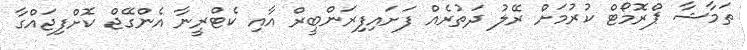
ތަމާޝާ ޕްރޮމޯޓް ކުރުމަށް ރޭލު ދަތުރެއް ފަށައިފިރަންބީރް އާއި ކެޓްރީނާ އެންގޭޖް ކޮށްފިޖައްގާ